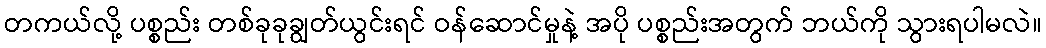
တကယ်လို့ ပစ္စည်း တစ်ခုခုချွတ်ယွင်းရင် ဝန်ဆောင်မှုနဲ့ အပို ပစ္စည်းအတွက် ဘယ်ကို သွားရပါမလဲ။